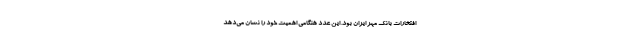
افتخارات بانک مهر ایران بود. این عدد هنگامی اهمیت خود را نشان می‌دهد